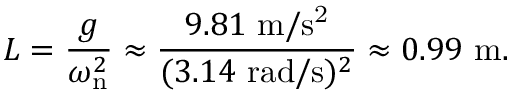
L = { \frac { g } { \omega _ { \mathrm { n } } ^ { 2 } } } \approx { \frac { 9 . 8 1 \ \mathrm { m / s ^ { 2 } } } { ( 3 . 1 4 \ \mathrm { r a d / s } ) ^ { 2 } } } \approx 0 . 9 9 \ \mathrm { m } .